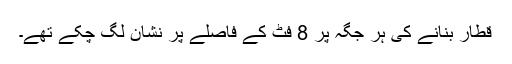
قطار بنانے کی ہر جگہ پر 8 فٹ کے فاصلے پر نشان لگ چکے تھے۔